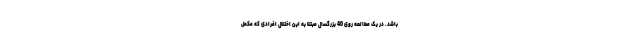
باشد. در یک مطالعه روی 40 بزرگسال مبتلا به این اختلال افرادی که مکمل